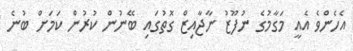
އެހެންވެ އެއީ މަގާމުގެ ނުފޫޒު ނާޖާއިޒް ގޮތުގައި ބޭނުން ކުރުން ކަމަށް ބުނެ